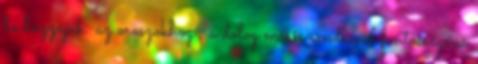
be hozzájuk az oroszokhoz , a dolog máris rendkívül fontosságúvá